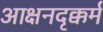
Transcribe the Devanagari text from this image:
आक्षनदृक्कर्म